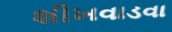
શીખવાડવા